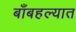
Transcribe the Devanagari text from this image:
बाँबहल्यात